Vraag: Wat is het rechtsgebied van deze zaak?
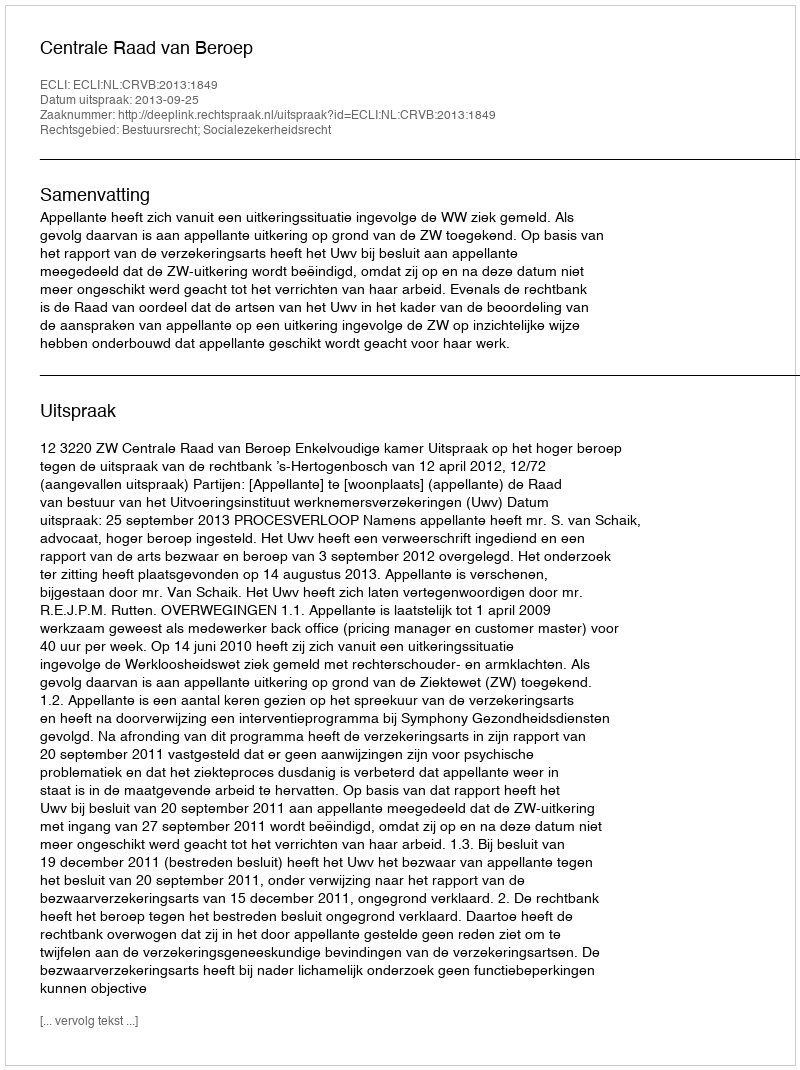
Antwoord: Bestuursrecht; Socialezekerheidsrecht